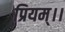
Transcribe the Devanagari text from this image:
प्रियम्।।